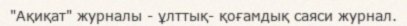
"Ақиқат" журналы - ұлттық- қоғамдық саяси журнал.